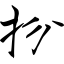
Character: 扮